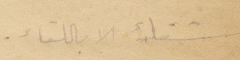
شفاء الا باللقاء.